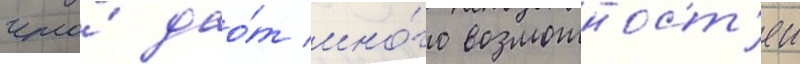
что́ дао́т мно́го возможност'еи